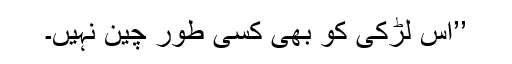
’’اس لڑکی کو بھی کسی طور چین نہیں۔